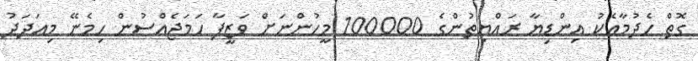
ގޮތް ހެދުމާއެކު އިންޑިޔާ ރައްޔިތުންގެ 100000 މީހުންނަށް ވަޒީފާ ހަމަޖެއްސުން ހިމެނޭ މިއަދަދު